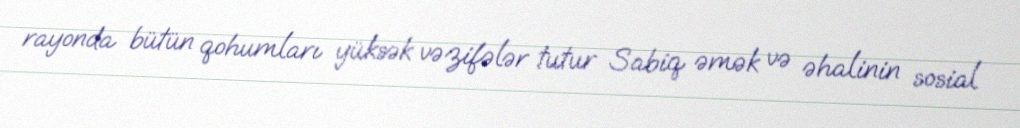
rayonda bütün qohumları yüksək vəzifələr tutur Sabiq əmək və əhalinin sosial